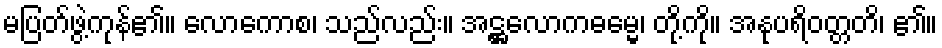
မပြတ်ဖွဲ့ကုန်၏။ လောကောစ၊ သည်လည်း။ အဋ္ဌလောကဓမ္မေ၊ တို့ကို။ အနုပရိဝတ္တတိ၊ ၏။